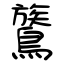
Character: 鷟